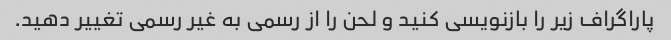
پاراگراف زیر را بازنویسی کنید و لحن را از رسمی به غیر رسمی تغییر دهید.